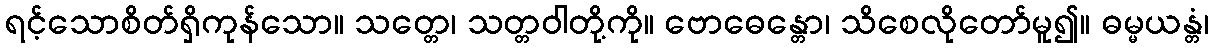
ရင့်သောစိတ်ရှိကုန်သော။ သတ္တေ၊ သတ္တဝါတို့ကို။ ဗောဓေန္တော၊ သိစေလိုတော်မူ၍။ ဓမ္မယန္တံ၊